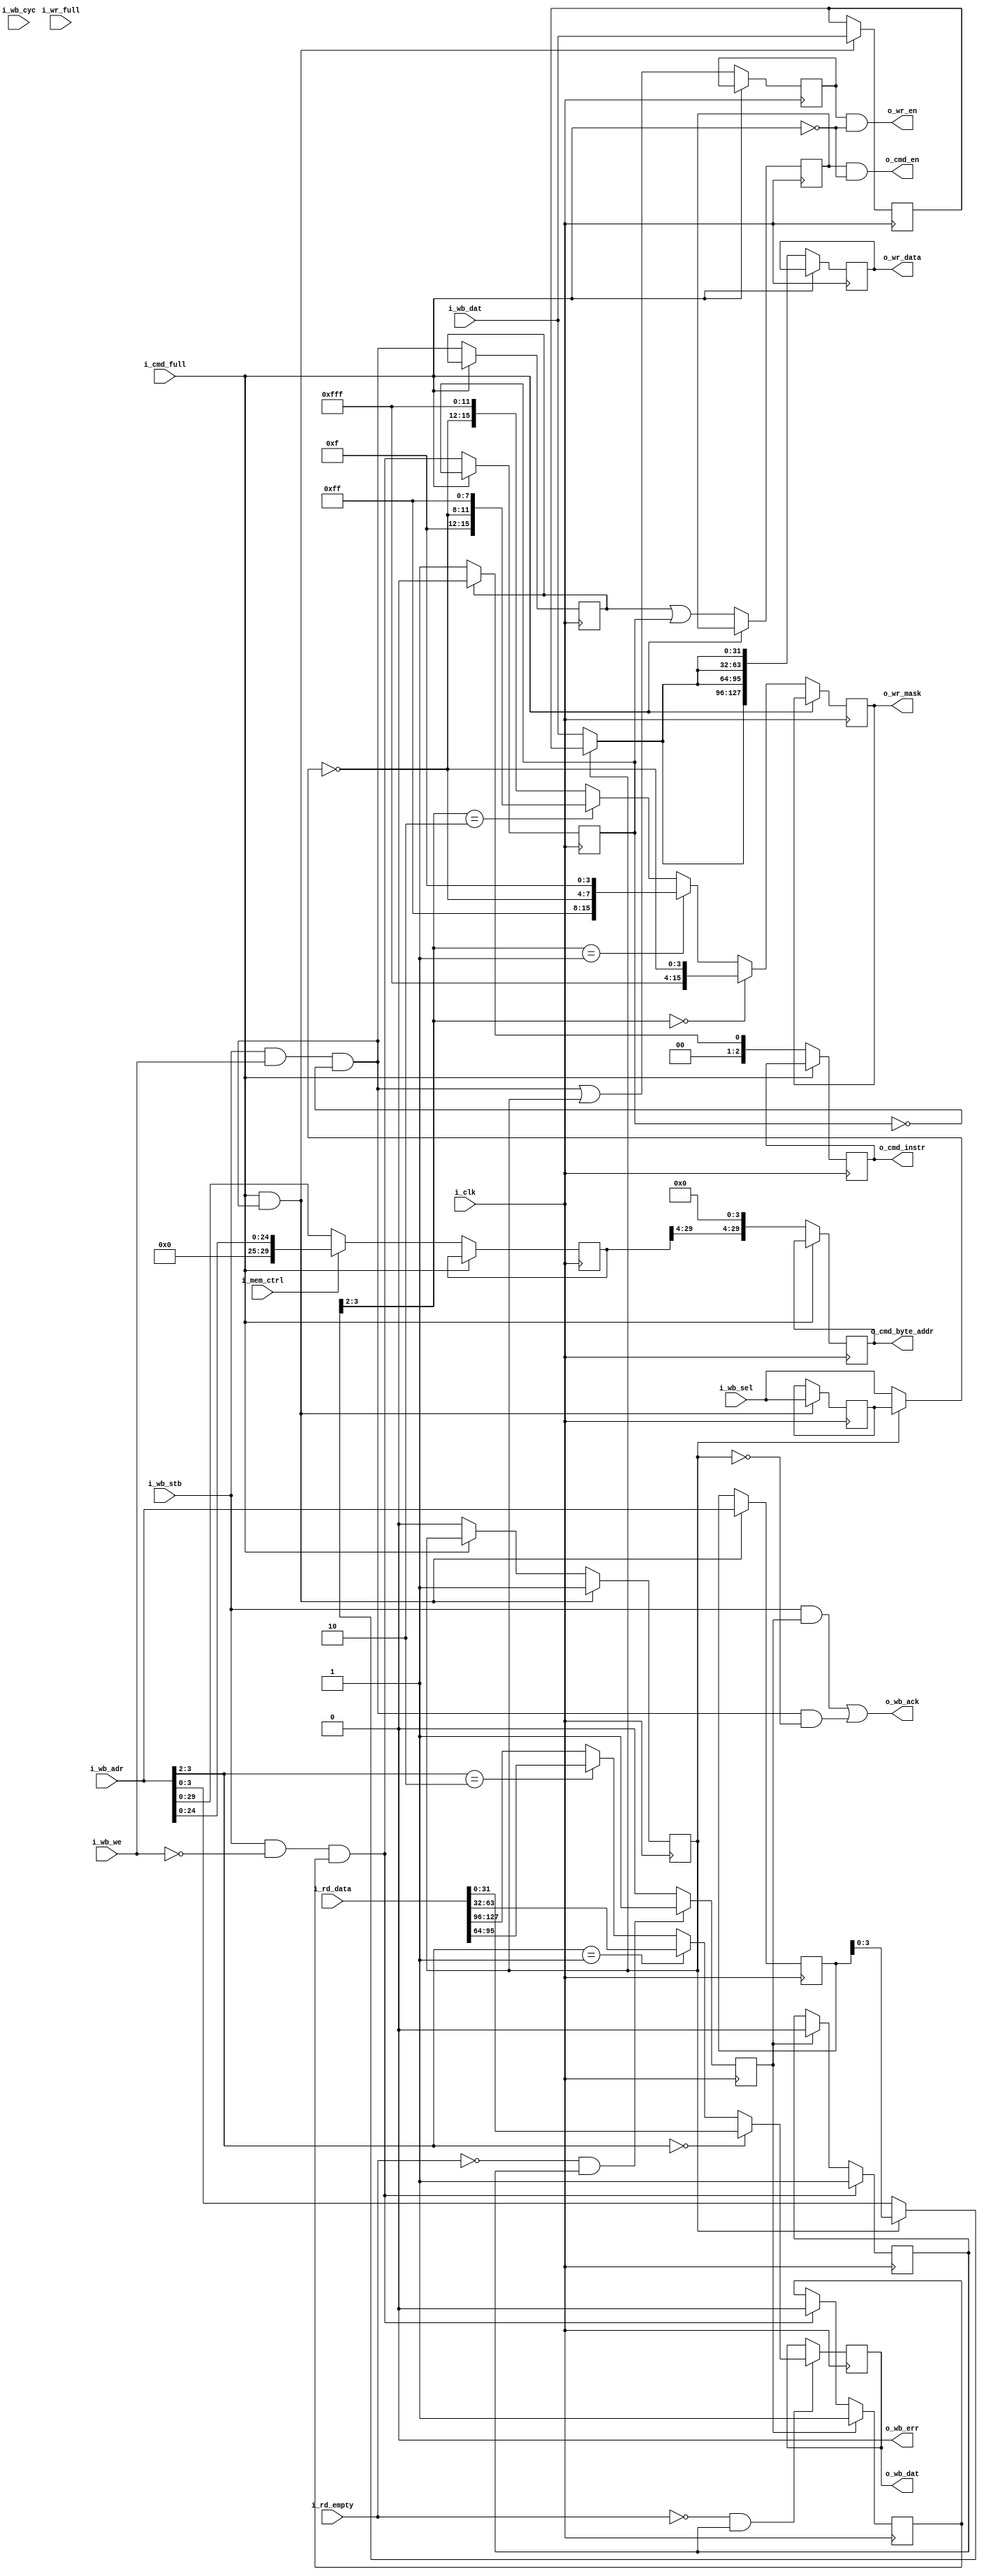
//////////////////////////////////////////////////////////////////
//                                                              //
//  Wishbone Slave to Xilinx Spartan-6 MCB (DDR3 controller)    //
//  Bridge                                                      //
//                                                              //
//  This file is part of the Amber project                      //
//  http://www.opencores.org/project,amber                      //
//                                                              //
//  Description                                                 //
//  Converts wishbone read and write accesses to the signalling //
//  used by the Xilinx DDR3 Controller in Spartan-6 FPGAs.      //
//                                                              //
//  The MCB is configured with a single 128-bit port.           //
//                                                              //
//  Author(s):                                                  //
//      - Conor Santifort, csantifort.amber@gmail.com           //
//                                                              //
//////////////////////////////////////////////////////////////////
//                                                              //
// Copyright (C) 2010 Authors and OPENCORES.ORG                 //
//                                                              //
// This source file may be used and distributed without         //
// restriction provided that this copyright statement is not    //
// removed from the file and that any derivative work contains  //
// the original copyright notice and the associated disclaimer. //
//                                                              //
// This source file is free software; you can redistribute it   //
// and/or modify it under the terms of the GNU Lesser General   //
// Public License as published by the Free Software Foundation; //
// either version 2.1 of the License, or (at your option) any   //
// later version.                                               //
//                                                              //
// This source is distributed in the hope that it will be       //
// useful, but WITHOUT ANY WARRANTY; without even the implied   //
// warranty of MERCHANTABILITY or FITNESS FOR A PARTICULAR      //
// PURPOSE.  See the GNU Lesser General Public License for more //
// details.                                                     //
//                                                              //
// You should have received a copy of the GNU Lesser General    //
// Public License along with this source; if not, download it   //
// from http://www.opencores.org/lgpl.shtml                     //
//                                                              //
//////////////////////////////////////////////////////////////////


module wb_xs6_ddr3_bridge #(
parameter WB_DWIDTH   = 32,
parameter WB_SWIDTH   = 4
)(
input                          i_clk,

input                          i_mem_ctrl,  // 0=128MB, 1=32MB

// Wishbone Bus
input       [31:0]             i_wb_adr,
input       [WB_SWIDTH-1:0]    i_wb_sel,
input                          i_wb_we,
output reg  [WB_DWIDTH-1:0]    o_wb_dat         = 'd0,
input       [WB_DWIDTH-1:0]    i_wb_dat,
input                          i_wb_cyc,
input                          i_wb_stb,
output                         o_wb_ack,
output                         o_wb_err,

output                         o_cmd_en,                // Command Enable
output reg [2:0]               o_cmd_instr      = 'd0,  // write = 000, read = 001
output reg [29:0]              o_cmd_byte_addr  = 'd0,  // Memory address
input                          i_cmd_full,              // DDR3 I/F Command FIFO is full

input                          i_wr_full,               // DDR3 I/F Write Data FIFO is full
output                         o_wr_en,                 // Write data enable
output reg [15:0]              o_wr_mask        = 'd0,  // 1 bit per byte
output reg [127:0]             o_wr_data        = 'd0,  // 16 bytes write data
input      [127:0]             i_rd_data,               // 16 bytes of read data
input                          i_rd_empty               // low when read data is valid

);
                 
wire            write_request;
wire            read_request;
reg             write_request_r;
reg             read_request_r;
reg             read_active_r = 'd0;
reg  [29:0]     wb_adr_r;
reg             cmd_full_r = 1'd0;
reg             read_ack_r = 'd0;
reg             read_ready = 1'd1;
reg             cmd_en_r = 'd0;
reg             wr_en_r = 'd0;
wire            write_ack;

// Buffer 1 write request
reg                     write_buf_r = 1'd0;
reg     [WB_SWIDTH-1:0] wb_sel_buf_r = 'd0;
reg     [WB_DWIDTH-1:0] wb_dat_buf_r = 'd0;
reg     [31:0]          wb_adr_buf_r = 'd0;
wire    [WB_SWIDTH-1:0] wb_sel;
wire    [WB_DWIDTH-1:0] wb_dat;
wire    [31:0]          wb_adr;


assign write_request = i_wb_stb && i_wb_we && !read_request_r;
assign read_request  = i_wb_stb && !i_wb_we && read_ready;

assign o_wb_err      = 'd0;

// ------------------------------------------------------
// Outputs
// ------------------------------------------------------
always @( posedge i_clk )
    cmd_full_r       <= i_cmd_full;

// Command FIFO
always @( posedge i_clk )
    if ( !i_cmd_full )
        begin
        o_cmd_byte_addr  <= {wb_adr_r[29:4], 4'd0};
        cmd_en_r         <= ( write_request_r || read_request_r );
        o_cmd_instr      <= write_request_r ? 3'd0 : 3'd1;
        end

assign o_cmd_en = cmd_en_r && !i_cmd_full;


// ------------------------------------------------------
// Write Buffer
// ------------------------------------------------------
always @( posedge i_clk )
    if ( i_cmd_full && write_request )
        begin
        write_buf_r     <= 1'd1;
        wb_sel_buf_r    <= i_wb_sel;
        wb_dat_buf_r    <= i_wb_dat;
        wb_adr_buf_r    <= i_wb_adr;
        end
    else if ( !i_cmd_full )
        write_buf_r     <= 1'd0;

// ------------------------------------------------------
// Write
// ------------------------------------------------------

// Select between incoming reqiests and the write request buffer
assign wb_sel = write_buf_r ? wb_sel_buf_r : i_wb_sel;
assign wb_dat = write_buf_r ? wb_dat_buf_r : i_wb_dat;
assign wb_adr = write_buf_r ? wb_adr_buf_r : i_wb_adr;


generate
if (WB_DWIDTH == 32) begin :wb32w

    always @( posedge i_clk )
        if ( !i_cmd_full )
            begin
            wr_en_r    <= write_request || write_buf_r;
            
            o_wr_mask  <= wb_adr[3:2] == 2'd0 ? { 12'hfff, ~wb_sel          } : 
                          wb_adr[3:2] == 2'd1 ? { 8'hff,   ~wb_sel, 4'hf    } : 
                          wb_adr[3:2] == 2'd2 ? { 4'hf,    ~wb_sel, 8'hff   } : 
                                                {          ~wb_sel, 12'hfff } ; 
            
            o_wr_data  <= {4{wb_dat}};
            end

end
else begin : wb128w

    always @( posedge i_clk )
        if ( !i_cmd_full )
            begin
            wr_en_r    <= write_request;
            o_wr_mask  <= ~wb_sel; 
            o_wr_data  <= wb_dat;
            end

end
endgenerate

assign o_wr_en = wr_en_r && !i_cmd_full;


// ------------------------------------------------------
// Read
// ------------------------------------------------------
always @( posedge i_clk )
    begin
    if ( read_ack_r )
        read_ready <= 1'd1;
    else if ( read_request )
        read_ready <= 1'd0;
    
    if ( !i_cmd_full )
        begin
        write_request_r  <= write_request;
        read_request_r   <= read_request;
        wb_adr_r         <= i_mem_ctrl ? {5'd0, i_wb_adr[24:0]} : i_wb_adr[29:0];
        end
        
    if ( read_request  )
        read_active_r <= 1'd1;
    else if ( read_ack_r )
        read_active_r <= 1'd0;
    
    if ( i_rd_empty == 1'd0 && read_active_r )
        read_ack_r  <= 1'd1;
    else
        read_ack_r  <= 1'd0;
    end


generate
if (WB_DWIDTH == 32) begin :wb32r

    always @( posedge i_clk )
        if ( !i_rd_empty && read_active_r )
            o_wb_dat  <= i_wb_adr[3:2] == 2'd0 ? i_rd_data[ 31: 0] :
                         i_wb_adr[3:2] == 2'd1 ? i_rd_data[ 63:32] :
                         i_wb_adr[3:2] == 2'd2 ? i_rd_data[ 95:64] :
                                                 i_rd_data[127:96] ;

end
else begin : wb128r

    always @( posedge i_clk )
        if ( !i_rd_empty && read_active_r )
            o_wb_dat  <= i_rd_data;

end
endgenerate

assign write_ack = write_request && !write_buf_r;         
assign o_wb_ack  = ( i_wb_stb && read_ack_r ) || write_ack;

    
endmodule